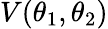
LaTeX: V(\theta_{1},\theta_{2})